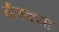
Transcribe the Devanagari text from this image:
ईतक्या